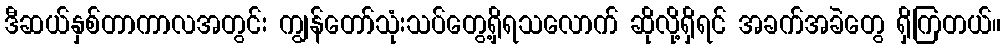
ဒီဆယ်နှစ်တာကာလအတွင်း ကျွန်တော်သုံးသပ်တွေ့ရှိရသလောက် ဆိုလို့ရှိရင် အခက်အခဲတွေ ရှိကြတယ်။